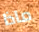
ماذا